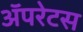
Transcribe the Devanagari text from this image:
अॅपरेटस